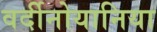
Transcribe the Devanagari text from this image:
वर्दीनोयानिया